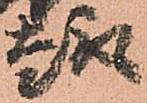
趣